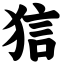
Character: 狺